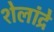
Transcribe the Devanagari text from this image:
शेलांद्रे